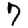
Digit: 7